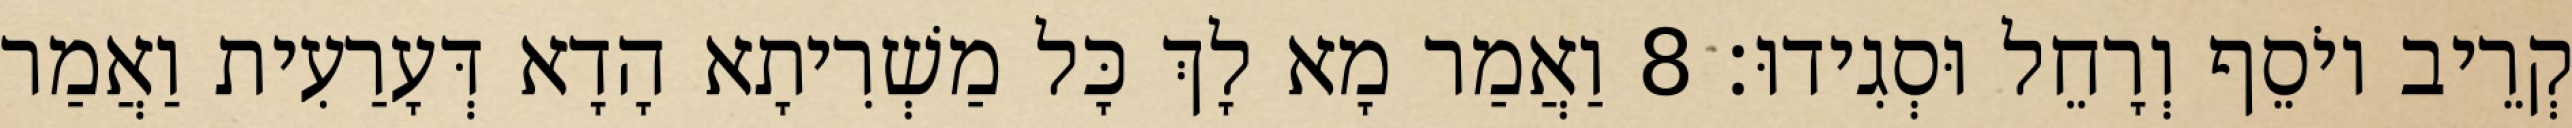
קְרֵיב יוֹסֵף וְרָחֵל וּסְגִידוּ׃ 8 וַאֲמַר מָא לָךְ כָּל מַשְׁרִיתָא הָדָא דְּעָרַעִית וַאֲמַר